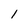
Character: 1